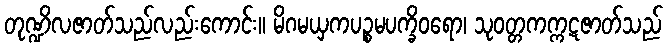
တုဏ္ဍိလဇာတ်သည်လည်းကောင်း။ မိဂမယှကပဉ္စမပက္ခိဝရော၊ သုဝတ္တကက္ကဋဇာတ်သည်